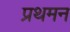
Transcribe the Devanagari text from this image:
प्रथमन